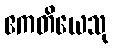
ဧကတိယေသု